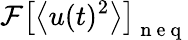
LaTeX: \mathcal{F}\left[\left<u(t)^{2}\right>\right]_{\mathrm{~n~e~q~}}